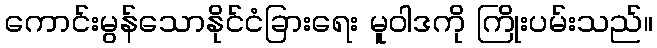
ကောင်းမွန်သောနိုင်ငံခြားရေး မူဝါဒကို ကြိုးပမ်းသည်။